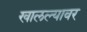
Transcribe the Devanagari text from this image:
खालल्यावर